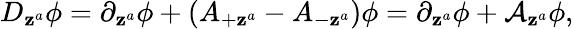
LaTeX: D_{\mathbf{z}^{a}}\phi=\partial_{\mathbf{z}^{a}}\phi+(A_{+\mathbf{z}^{a}}-A_{-\mathbf{z}^{a}})\phi=\partial_{\mathbf{z}^{a}}\phi+\mathcal{{A}}_{\mathbf{z}^{a}}\phi,